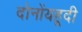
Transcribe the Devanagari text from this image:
दोनोंयहूदी